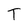
Character: T